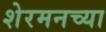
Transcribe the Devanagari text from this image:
शेरमनच्या